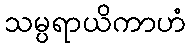
သမ္ပရာယိကာဟံ